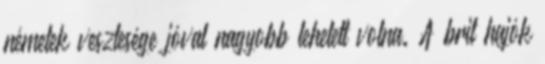
németek vesztesége jóval nagyobb lehetett volna. A brit hajók